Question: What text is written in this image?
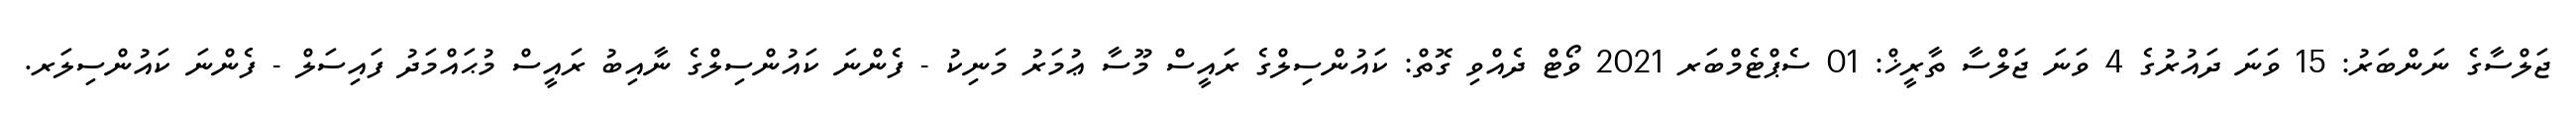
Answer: ޖަލްސާގެ ނަންބަރު: 15 ވަނަ ދައުރުގެ 4 ވަނަ ޖަލްސާ ތާރީޚް: 01 ސެޕްޓެމްބަރ 2021 ވޯޓް ދެއްވި ގޮތް: ކައުންސިލްގެ ރައީސް މޫސާ ޢުމަރު މަނިކު - ފެންނަ ކައުންސިލްގެ ނާއިބު ރައީސް މުޙައްމަދު ފައިސަލް - ފެންނަ ކައުންސިލަރ.